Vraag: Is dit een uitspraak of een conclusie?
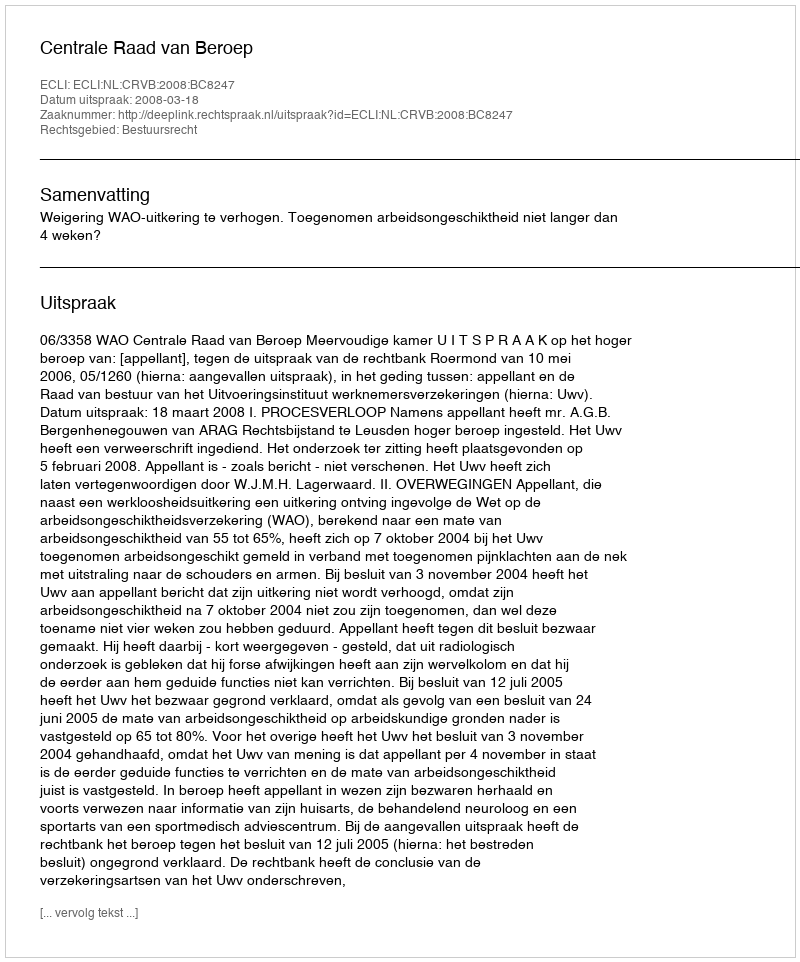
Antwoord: Uitspraak